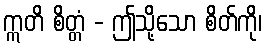
ဣတိ စိတ္တံ - ဤသို့သော စိတ်ကို၊